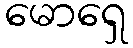
မောရှေ